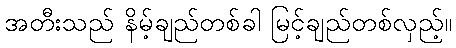
အတီးသည် နိမ့်ချည်တစ်ခါ မြင့်ချည်တစ်လှည့်။